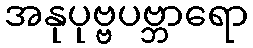
အနုပုဗ္ဗပဗ္ဘာရော